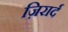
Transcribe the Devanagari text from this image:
ज़िरार्द